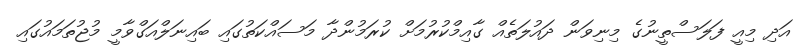
އަދި މިއީ ފަލަސްތީނުގެ މިނިވަން ދައުލަތެއް ގާއިމްކުރުމަށް ކުރަމުންދާ މަސައްކަތުގައި ބައިނަލްއަގްވާމީ މުޖުތަމައުގައި